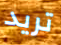
تريد